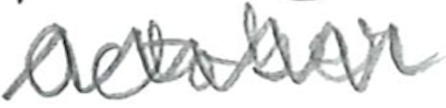
Text: October
Cross-out: zig-zag
Writing tool: pencil